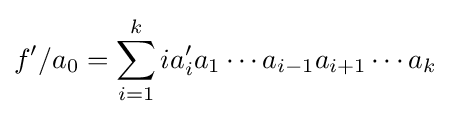
f'/a_{0}=\sum _{i=1}^{k}ia_{i}'a_{1}\cdots a_{i-1}a_{i+1}\cdots a_{k}